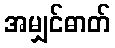
အမျှင်ဓာတ်